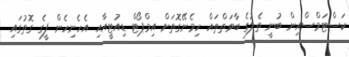
ކަސްޓަމްސްއިން ބުނީ ތެލުގެ ބާވަތްތައް ހިމެނޭގޮތަށް އިމްޕޯޓް ޑިއުޓީއާއި އެހެނިހެން ފީގެ ގޮތުގައި